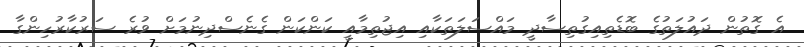
އެ ގޮތުން ދައުލަތުގެ ބޮޑެތިއިގުތިސާދީ މައްސަލަތަކާއި އިޖުތިމާއީ ކަންކަން ގެނެސްދިނުމަށް ވުރެ ސަރުކާރުހިންގާ